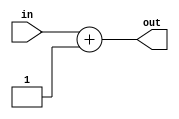
module program_counter_increment #(
    parameter SIZE = 8 ) (
    output [SIZE-1:0] out,
    input [SIZE-1:0] in );
    assign out = in + 1'b1; 
endmodule